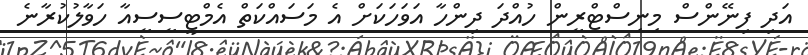
އަދި ފިނޭންސް މިނިސްޓްރީން ހުއްދަ ދިންހާ އަވަހަކަށް އެ މަސައްކަތް އެމްޓީސީސީއާ ހަވާލުކުރާނެ